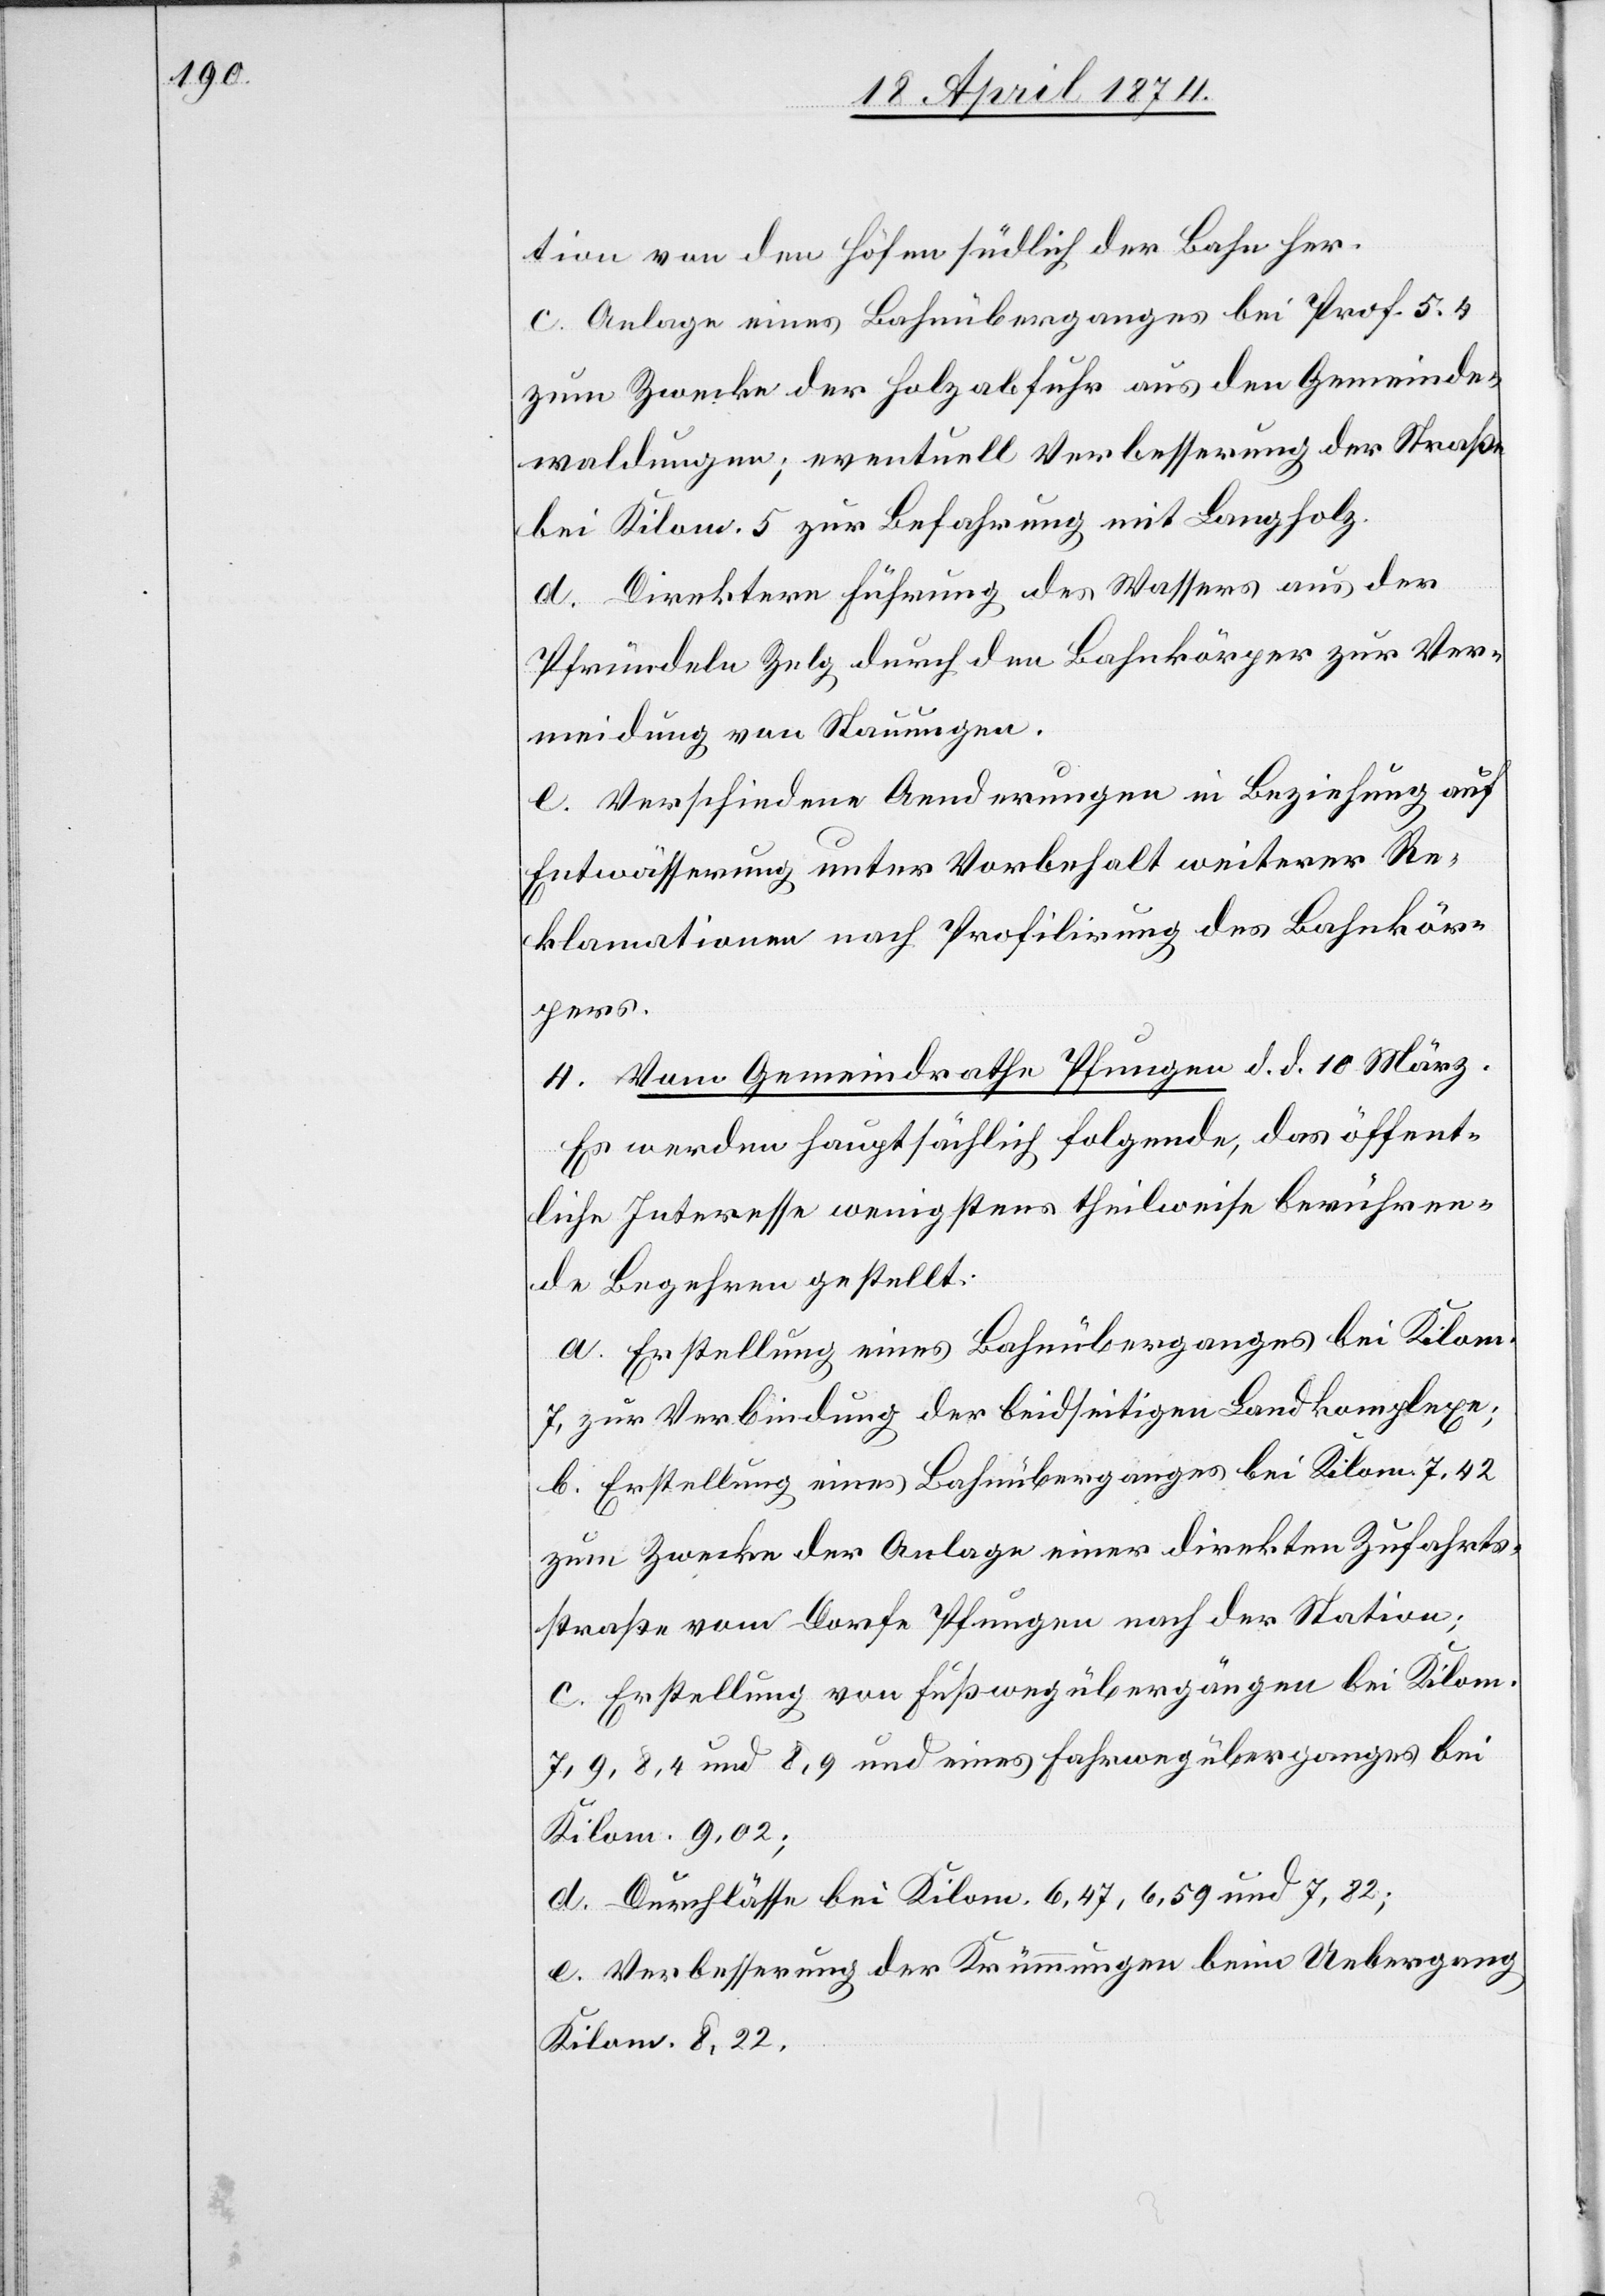
tion von den Höfen südlich der Bahn her.
c. Anlage eines Bahnüberganges bei Prof. 5.4
zum Zwecke der Holzabfuhr aus den Gemeinde¬
waldungen; eventuell Verbesserung der Straße
bei Kilom. 5 zur Befahrung mit Langholz.
d. Direktere Führung des Wassers aus der
Pfründele Zelg durch den Bahnkörper zur Ver¬
meidung von Stauungen.
e. Verschiedene Aenderungen in Beziehung auf
Entwässerung unter Vorbehalt weiterer Re¬
klamationen nach Profilirung des Bahnkör¬
pers.
4. Vom Gemeindrathe Pfungen d. d. 10. März.
Es werden hauptsächlich folgende, das öffent¬
liche Interesse wenigstens theilweise berühren¬
de Begehren gestellt:
a. Erstellung eines Bahnüberganges bei Kilom.
7, zur Verbindung der beidseitigen Landkomplexe;
b. Erstellung eines Bahnüberganges bei Kilom. 7,42
zum Zwecke der Anlage einer direkten Zufahrts¬
straße vom Dorfe Pfungen nach der Station;
c. Erstellung von Fußwegübergängen bei Kilom.
7,9, 8,4 und 8,9 und eines Fahrwegüberganges bei
Kilom. 9,02;
d. Durchlässe bei Kilom. 6,47, 6,59 und 7,82;
e. Verbesserung der Krümmungen beim Uebergang
Kilom. 8,22.